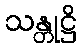
သန္တုဋ္ဌိ